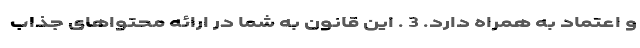
و اعتماد به همراه دارد. 3 . این قانون به شما در ارائه محتواهای جذاب